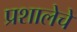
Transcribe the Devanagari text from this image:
प्रशालेचे